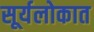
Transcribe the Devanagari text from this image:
सूर्यलोकात